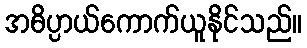
အဓိပ္ပာယ်ကောက်ယူနိုင်သည်။